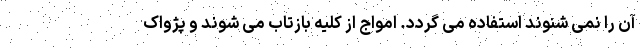
آن را نمی شنوند استفاده می گردد. امواج از کلیه بازتاب می شوند و پژواک